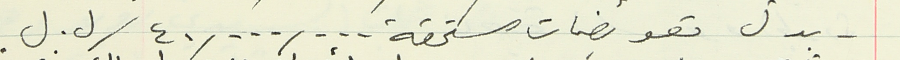
- بدل تعويضات مستحقة  ٤٠,٠٠٠,٠٠٠ / ل. ل